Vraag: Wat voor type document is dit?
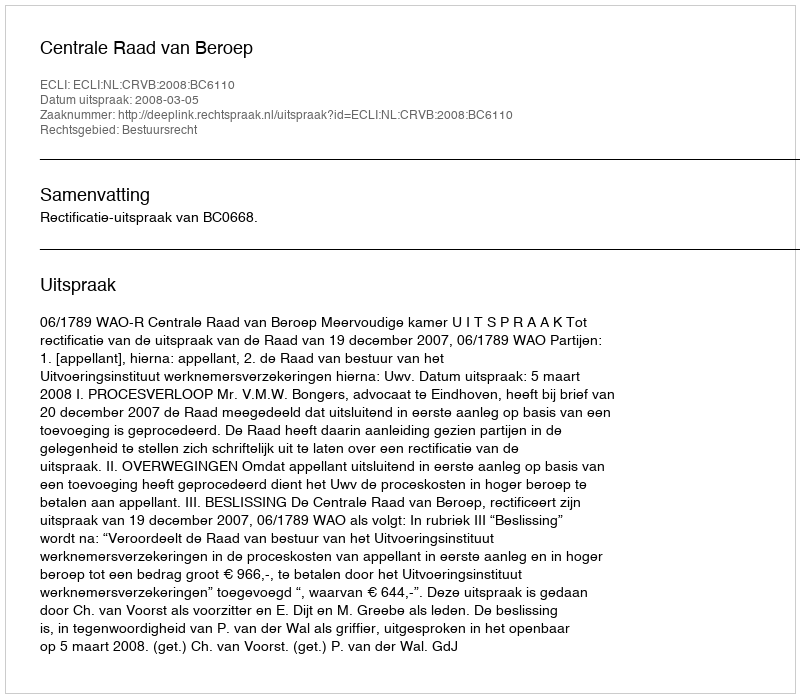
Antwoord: Uitspraak